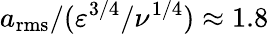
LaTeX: a_{\mathrm{rms}}/(\varepsilon^{3/4}/\nu^{1/4})\approx 1.8